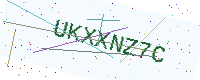
Text: UKXXNZ7C